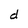
Character: d